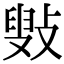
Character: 㪢